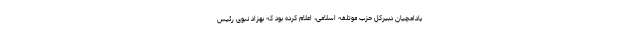
بادامچیان دبیرکل حزب موتلفه اسلامی، اعلام کرده بود که بهزاد نبوی رئیس